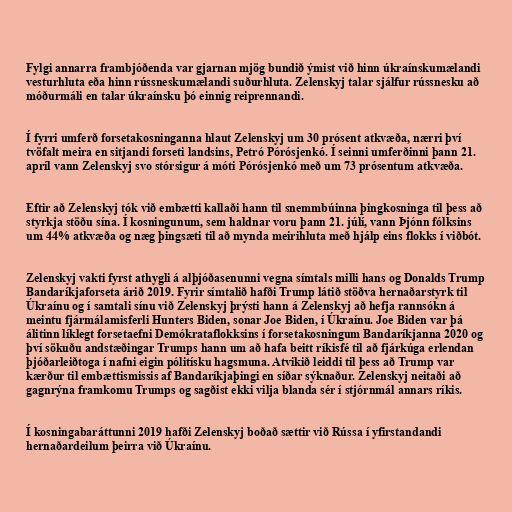
Fylgi annarra frambjóðenda var gjarnan mjög bundið ýmist við hinn úkraínskumælandi
vesturhluta eða hinn rússneskumælandi suðurhluta. Zelenskyj talar sjálfur rússnesku að
móðurmáli en talar úkraínsku þó einnig reiprennandi.

Í fyrri umferð forsetakosninganna hlaut Zelenskyj um 30 prósent atkvæða, nærri því
tvöfalt meira en sitjandi forseti landsins, Petró Pórósjenkó. Í seinni umferðinni þann 21.
apríl vann Zelenskyj svo stórsigur á móti Pórósjenkó með um 73 prósentum atkvæða.

Eftir að Zelenskyj tók við embætti kallaði hann til snemmbúinna þingkosninga til þess að
styrkja stöðu sína. Í kosningunum, sem haldnar voru þann 21. júlí, vann Þjónn fólksins
um 44% atkvæða og næg þingsæti til að mynda meirihluta með hjálp eins flokks í viðbót.

Zelenskyj vakti fyrst athygli á alþjóðasenunni vegna símtals milli hans og Donalds Trump
Bandaríkjaforseta árið 2019. Fyrir símtalið hafði Trump látið stöðva hernaðarstyrk til
Úkraínu og í samtali sínu við Zelenskyj þrýsti hann á Zelenskyj að hefja rannsókn á
meintu fjármálamisferli Hunters Biden, sonar Joe Biden, í Úkraínu. Joe Biden var þá
álitinn líklegt forsetaefni Demókrataflokksins í forsetakosningum Bandaríkjanna 2020 og
því sökuðu andstæðingar Trumps hann um að hafa beitt ríkisfé til að fjárkúga erlendan
þjóðarleiðtoga í nafni eigin pólitísku hagsmuna. Atvikið leiddi til þess að Trump var
kærður til embættismissis af Bandaríkjaþingi en síðar sýknaður. Zelenskyj neitaði að
gagnrýna framkomu Trumps og sagðist ekki vilja blanda sér í stjórnmál annars ríkis.

Í kosningabaráttunni 2019 hafði Zelenskyj boðað sættir við Rússa í yfirstandandi
hernaðardeilum þeirra við Úkraínu.